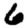
Digit: 6